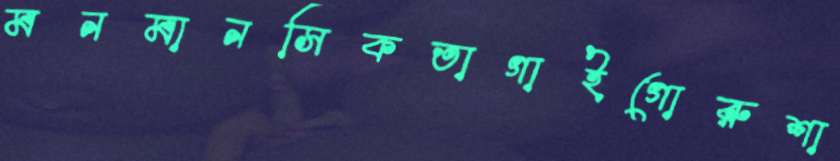
মনমানসিকতাগাইগোরুশা